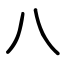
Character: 八